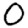
Digit: 0